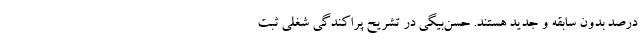
درصد بدون سابقه و جدید هستند. حسن‌بیگی در تشریح پراکندگی شغلی ثبت